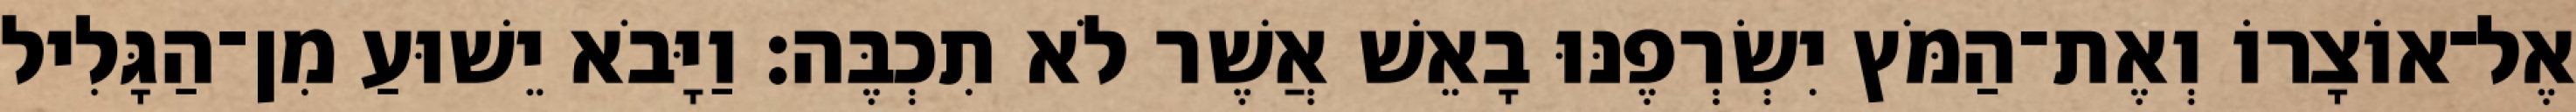
אֶל־אוֹצָרוֹ וְאֶת־הַמֹּץ יִשְׂרְפֶנּוּ בָאֵשׁ אֲשֶׁר לֹא תִכְבֶּה׃ וַיָּבֹא יֵשׁוּעַ מִן־הַגָּלִיל